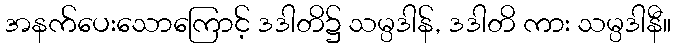
အနက်ပေးသောကြောင့် ဒဒါတိ၌ သမ္ပဒါန်, ဒဒါတိ ကား သမ္ပဒါနီ။